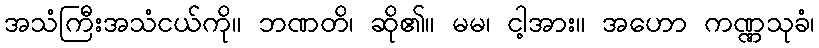
အသံကြီးအသံငယ်ကို။ ဘဏတိ၊ ဆို၏။ မမ၊ ငါ့အား။ အဟော ကဏ္ဏသုခံ၊